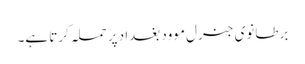
برطانوی جنرل موود بغداد پر حملہ کرتا ہے۔